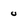
Character: u